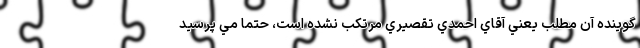
گوینده آن مطلب يعني آقاي احمدي تقصيري مرتكب نشده است، حتما مي پرسيد